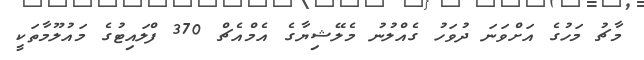
މާޗު މަހުގެ އަށްވަނަ ދުވަހު ގެއްލުނު މެލޭޝިޔާގެ އެމްއެޗް 370 ފްލައިޓުގެ މައުލޫމާތަކީ